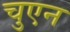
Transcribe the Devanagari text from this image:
चुएन